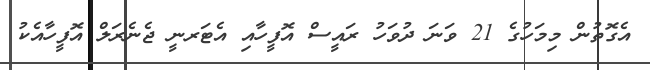
އެގޮތުން މިމަހުގެ 21 ވަނަ ދުވަހު ރައީސް އޮފީހާއި އެޓަރނީ ޖެނެރަލް އޮފީހާއެކު